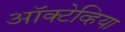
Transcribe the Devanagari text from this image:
ऑक्टेव्हिया